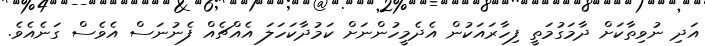
އަދި ނުވިތާކަށް ދާމަގުމަތީ ފިހާރައަކުން އެދެމީހުންނަށް ކަމުދާކަހަލަ އެއްޗެއް ފެނުނަސް އެވެސް ގަނެއެވެ.